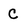
Character: C